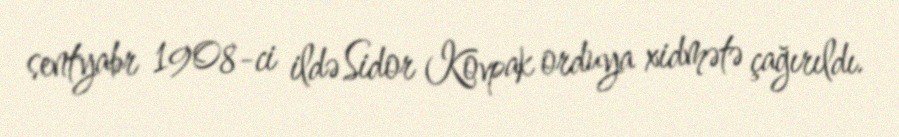
sentyabr 1908-ci ildə Sidor Kovpak orduya xidmətə çağırıldı.